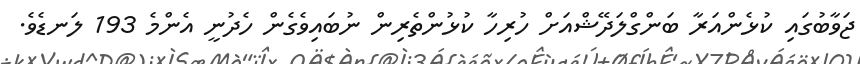
ޖަވާބުގައި ކުޅެންއަރާ ބަންގްލަދޭޝްއަށް ހުރިހާ ކުޅުންތެރިން ނުބައިވެގެން ހެދުނީ އެންމެ 193 ލަނޑެވެ.